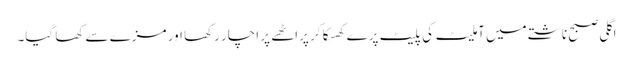
اگلی صبح ناشتے میں آملیٹ کی پلیٹ پرے کھسکا کر پراٹھے پر اچار رکھا اور مزے سے کھا گیا۔